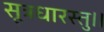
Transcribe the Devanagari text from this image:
सूत्रधारस्तु।।